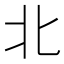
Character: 北